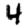
Digit: 4